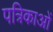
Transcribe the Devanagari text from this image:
पत्रिकाआें